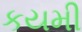
કયમી